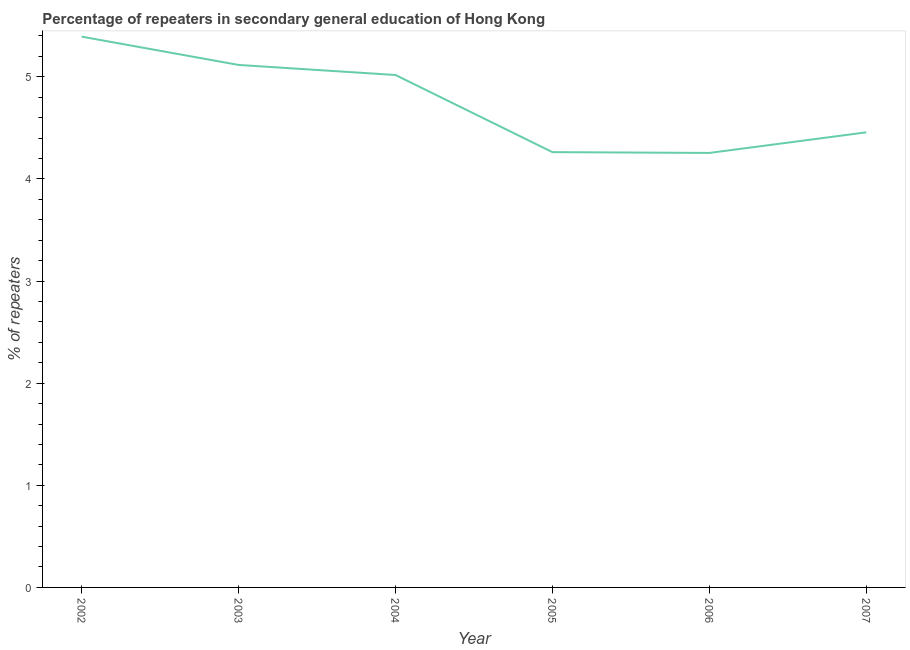
| Year | Percentage of repeaters |
 | --- | --- |
 | 2002 | 5.39 |
 | 2003 | 5.12 |
 | 2004 | 5.02 |
 | 2005 | 4.26 |
 | 2006 | 4.25 |
 | 2007 | 4.46 |